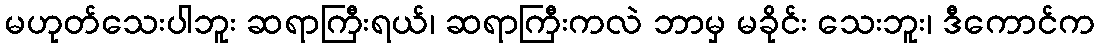
မဟုတ်သေးပါဘူး ဆရာကြီးရယ်၊ ဆရာကြီးကလဲ ဘာမှ မခိုင်း သေးဘူး၊ ဒီကောင်က